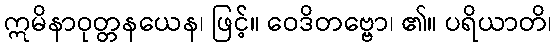
ဣမိနာဝုတ္တနယေန၊ ဖြင့်။ ဝေဒိတဗ္ဗော၊ ၏။ ပရိယာတိ၊